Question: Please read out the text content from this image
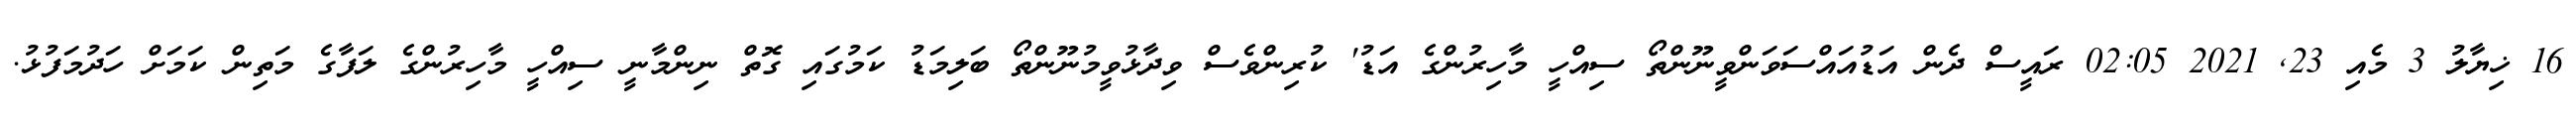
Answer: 16 ޚިޔާލު 3 މެއި 23, 2021 02:05 ރައީސް ދެން އަޑުއައްސަވަންވީނޫންތޯ ސިއްހީ މާހިރުންގެ އަޑު' ކުރިންވެސް ވިދާޅުވީމުނޫންތޯ ބަލިމަޑު ކަމުގައި ގޮތް ނިންމާނީ ސިއްހީ މާހިރުންގެ ލަފާގެ މަތިން ކަމަށް ހަދުމަފުޅު.